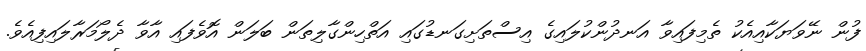
ފުން ނޭވަޔަކާއިއެކު ތެމިފައިވާ އަނދުންކުލައިގެ އިސްތަށިގަނޑުގައި އަތްހިންގާލިތަން ބަލަން އޮވެފައި އާވާ ދެލޯމަރާލައިފިއެވެ.